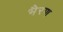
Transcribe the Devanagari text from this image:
भैरण